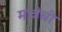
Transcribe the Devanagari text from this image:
मात्रेची